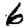
Digit: 6